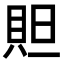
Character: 𮙻